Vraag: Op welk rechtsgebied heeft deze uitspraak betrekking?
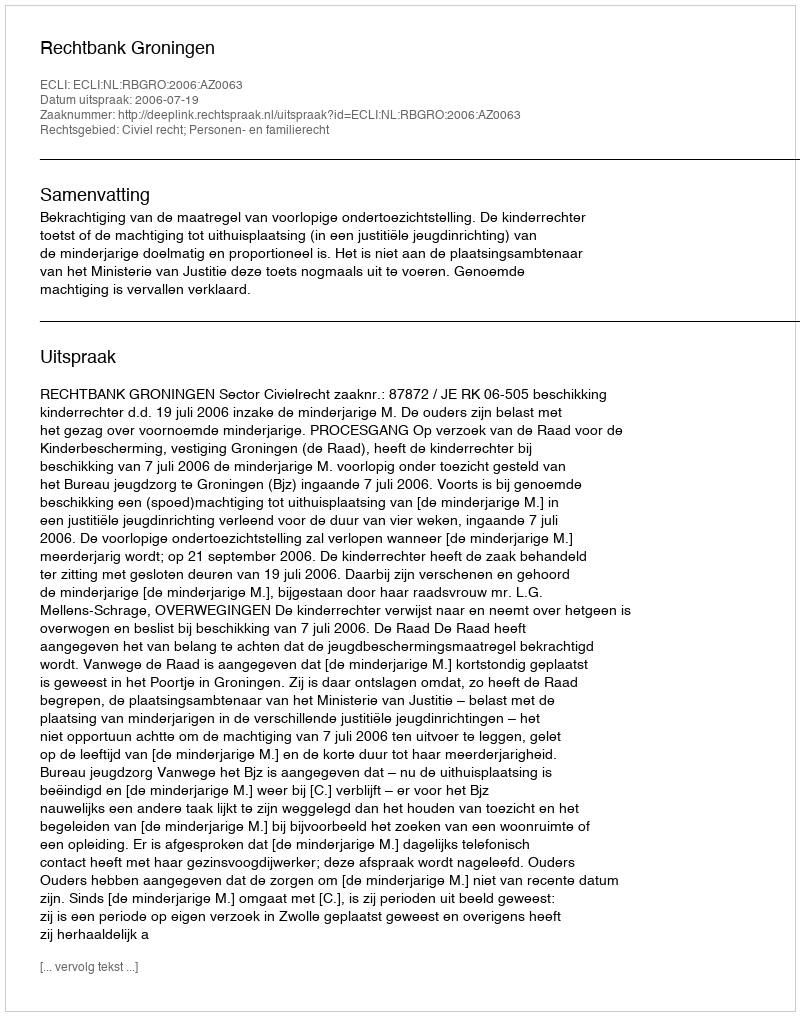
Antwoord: Civiel recht; Personen- en familierecht